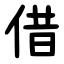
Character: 借